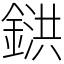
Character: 𨩅